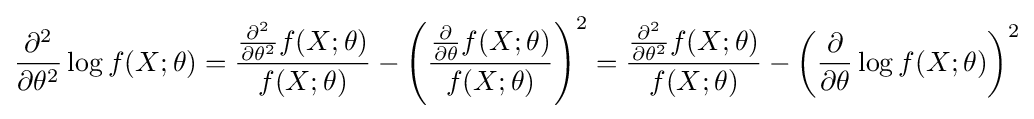
{\frac {\partial ^{2}}{\partial \theta ^{2}}}\log f(X;\theta )={\frac {{\frac {\partial ^{2}}{\partial \theta ^{2}}}f(X;\theta )}{f(X;\theta )}}-\left({\frac {{\frac {\partial }{\partial \theta }}f(X;\theta )}{f(X;\theta )}}\right)^{2}={\frac {{\frac {\partial ^{2}}{\partial \theta ^{2}}}f(X;\theta )}{f(X;\theta )}}-\left({\frac {\partial }{\partial \theta }}\log f(X;\theta )\right)^{2}